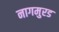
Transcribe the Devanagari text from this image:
नागमुरड